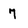
Character: 7